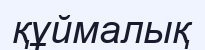
құймалық